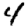
Digit: 4